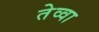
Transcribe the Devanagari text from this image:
तेव्वा